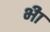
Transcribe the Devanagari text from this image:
भ्‍ीा